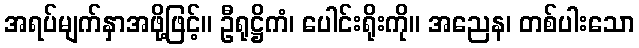
အရပ်မျက်နှာအဖို့ဖြင့်။ ဦရုဋ္ဌိကံ၊ ပေါင်းရိုးကို။ အညေန၊ တစ်ပါးသော